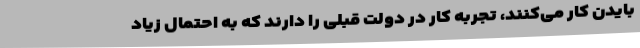
بایدن کار می‌کنند، تجربه کار در دولت قبلی را دارند که به احتمال زیاد